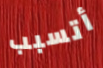
أتسبب